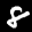
Label: 8